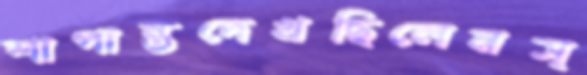
শাপান্তদেখছিলেনস্